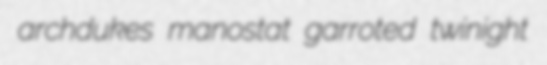
archdukes manostat garroted twinight